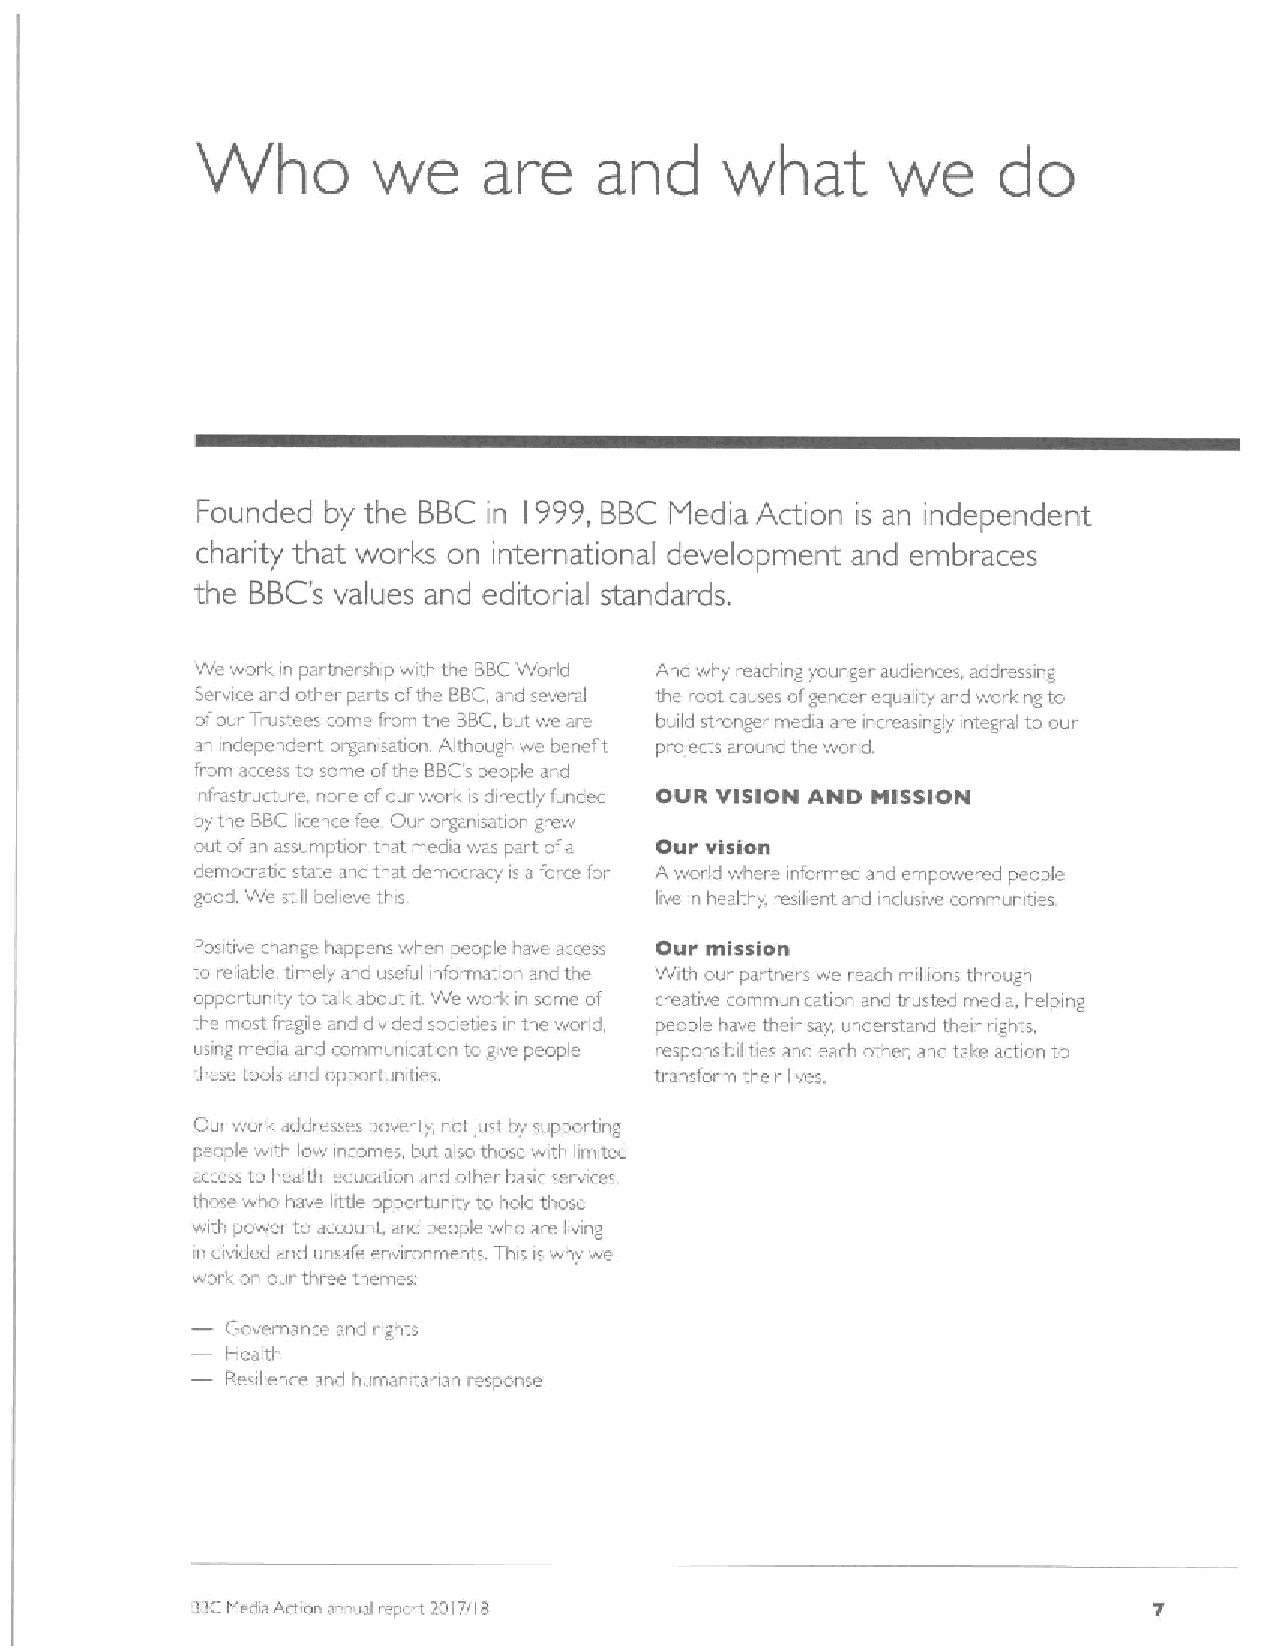
Who         we     are     and     what       we     do
 Founded  by the BBC in 1999,BBC Media Action is an independent
 charity that works on international development and embraces
 the BBC's values and editorial standards.
 Wo work in pai tnership with the BBCWorld And why reaching younger audiences addressing
 Service atnd other parts ofthe BBC,and several the root causes ofgender equat ty and worlcing to
 ofour Trustees come from the BBC,but we are build stronger media are incr easrngly integral to our
 a independent orpanisation. Although wo benefit prolects around the world,
 trorn access to some ofthe BBC'speople and
 infiastructui e ncne ofour work is directly 1'unded OVR VISION AND MISSION
 by the BBClicence fee Our organisation grew
 out ofan assuniption that media was part ofa Our vision
 democratic state and that democracy is a force for A world where intormed and empowered people
 good. We still 1&ohcve this   live in healthy, resilient and inclusive communities
 Posdive change happens when people have access OMr mission
 to reliable, timely and useful iitformation and the With our partners we reach millions through
 opportunity to talk about it.We work in some of creabve communication and trusted media, helping
 the most fragile and divided societies rn the world, people have their say understand their nghts,
 using media and communication to give people responsibilities and each othe.",a d talce action to
 these tools and opportunities transform their lives.
 Our work addresses povei ty, not lust. by supporting
 people wth low incomes but also those with limited
 access to health eduration and other basic. services,
 those who have little opportunity to hold those
 with powei to account, and people who are living
 in divided and unsafe environments This is why we
 work on our three themes
 Governance and rights
 Health
 Resilience and humandarian response
 BBCMedia Action annual report 2017/I B